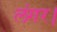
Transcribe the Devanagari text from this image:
लंगर।